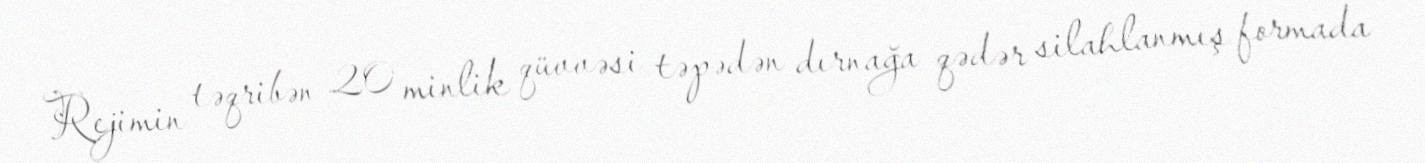
Rejimin təqribən 20 minlik qüvvəsi təpədən dırnağa qədər silahlanmış formada